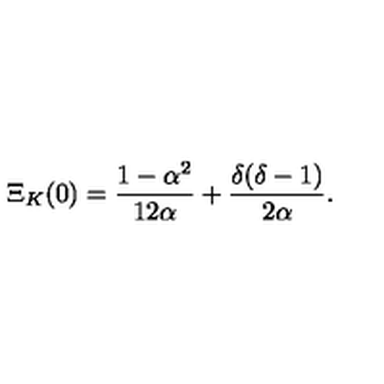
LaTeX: \Xi _ { K } ( 0 ) = { \frac { 1 - \alpha ^ { 2 } } { 1 2 \alpha } } + { \frac { \delta ( \delta - 1 ) } { 2 \alpha } } .